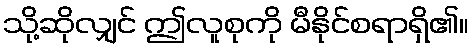
သို့ဆိုလျှင် ဤလူစုကို မီနိုင်စရာရှိ၏။